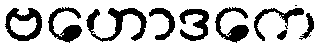
ဗဟောဒကေ